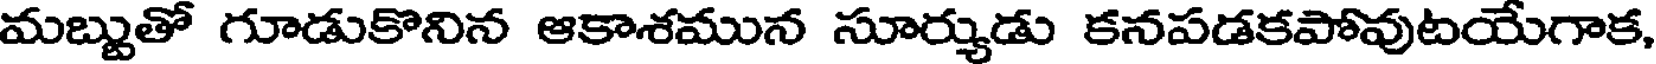
మబ్బుతో గూడుకొనిన ఆకాశమున సూర్యుడు కనపడకపోవుటయేగాక,